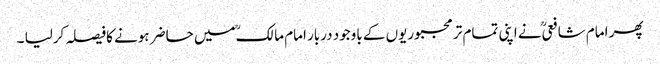
پھر امام شافعیؒ نے اپنی تمام تر مجبوریوں کے باوجود دربار امام مالکؒ میں حاضر ہونے کافیصلہ کرلیا ۔